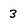
Character: 3